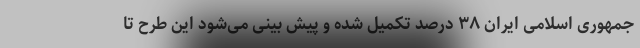
جمهوری اسلامی ایران ۳۸ درصد تکمیل شده و پیش بینی می‌شود این طرح تا